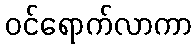
ဝင်ရောက်လာကာ